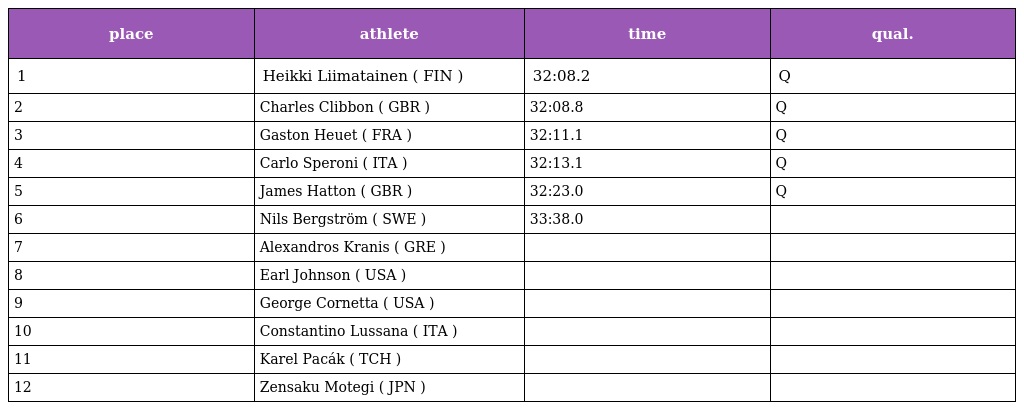
| place | athlete | time | qual. |
 | --- | --- | --- | --- |
 | 1 | Heikki Liimatainen ( FIN ) | 32:08.2 | Q |
 | 2 | Charles Clibbon ( GBR ) | 32:08.8 | Q |
 | 3 | Gaston Heuet ( FRA ) | 32:11.1 | Q |
 | 4 | Carlo Speroni ( ITA ) | 32:13.1 | Q |
 | 5 | James Hatton ( GBR ) | 32:23.0 | Q |
 | 6 | Nils Bergström ( SWE ) | 33:38.0 |  |
 | 7 | Alexandros Kranis ( GRE ) |  |  |
 | 8 | Earl Johnson ( USA ) |  |  |
 | 9 | George Cornetta ( USA ) |  |  |
 | 10 | Constantino Lussana ( ITA ) |  |  |
 | 11 | Karel Pacák ( TCH ) |  |  |
 | 12 | Zensaku Motegi ( JPN ) |  |  |